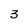
Character: 3